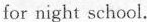
for night school.